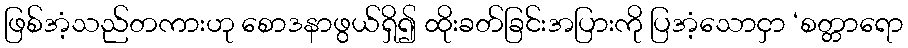
ဖြစ်အံ့သည်တကားဟု စောဒနာဖွယ်ရှိ၍ ထိုးခတ်ခြင်းအပြားကို ပြအံ့သောငှာ ‘စတ္တာရော